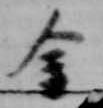
金